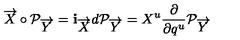
\overrightarrow { X } \circ { \cal P } _ { \overrightarrow { Y } } = { \bf i } _ { \overrightarrow { X } } d { \cal P } _ { \overrightarrow { Y } } = X ^ { u } { \frac { \partial } { \partial q ^ { u } } } { \cal P } _ { \overrightarrow { Y } } \,